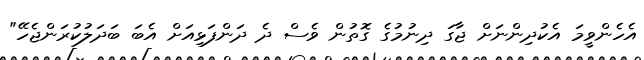
އެހެންވީމަ އެކުދިންނަށް ޖާގަ ދިނުމުގެ ގޮތުން ވެސް ދެ ދަންފަޅިއަށް އެބަ ބަދަލުކުރަންޖެހޭ"